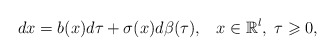
\begin{align*} dx =b( x)d\tau+\sigma( x)d \beta (\tau),\;\;\; x\in\mathbb{R}^l,\; \tau\geqslant0, \end{align*}